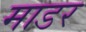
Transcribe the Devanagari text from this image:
माडर